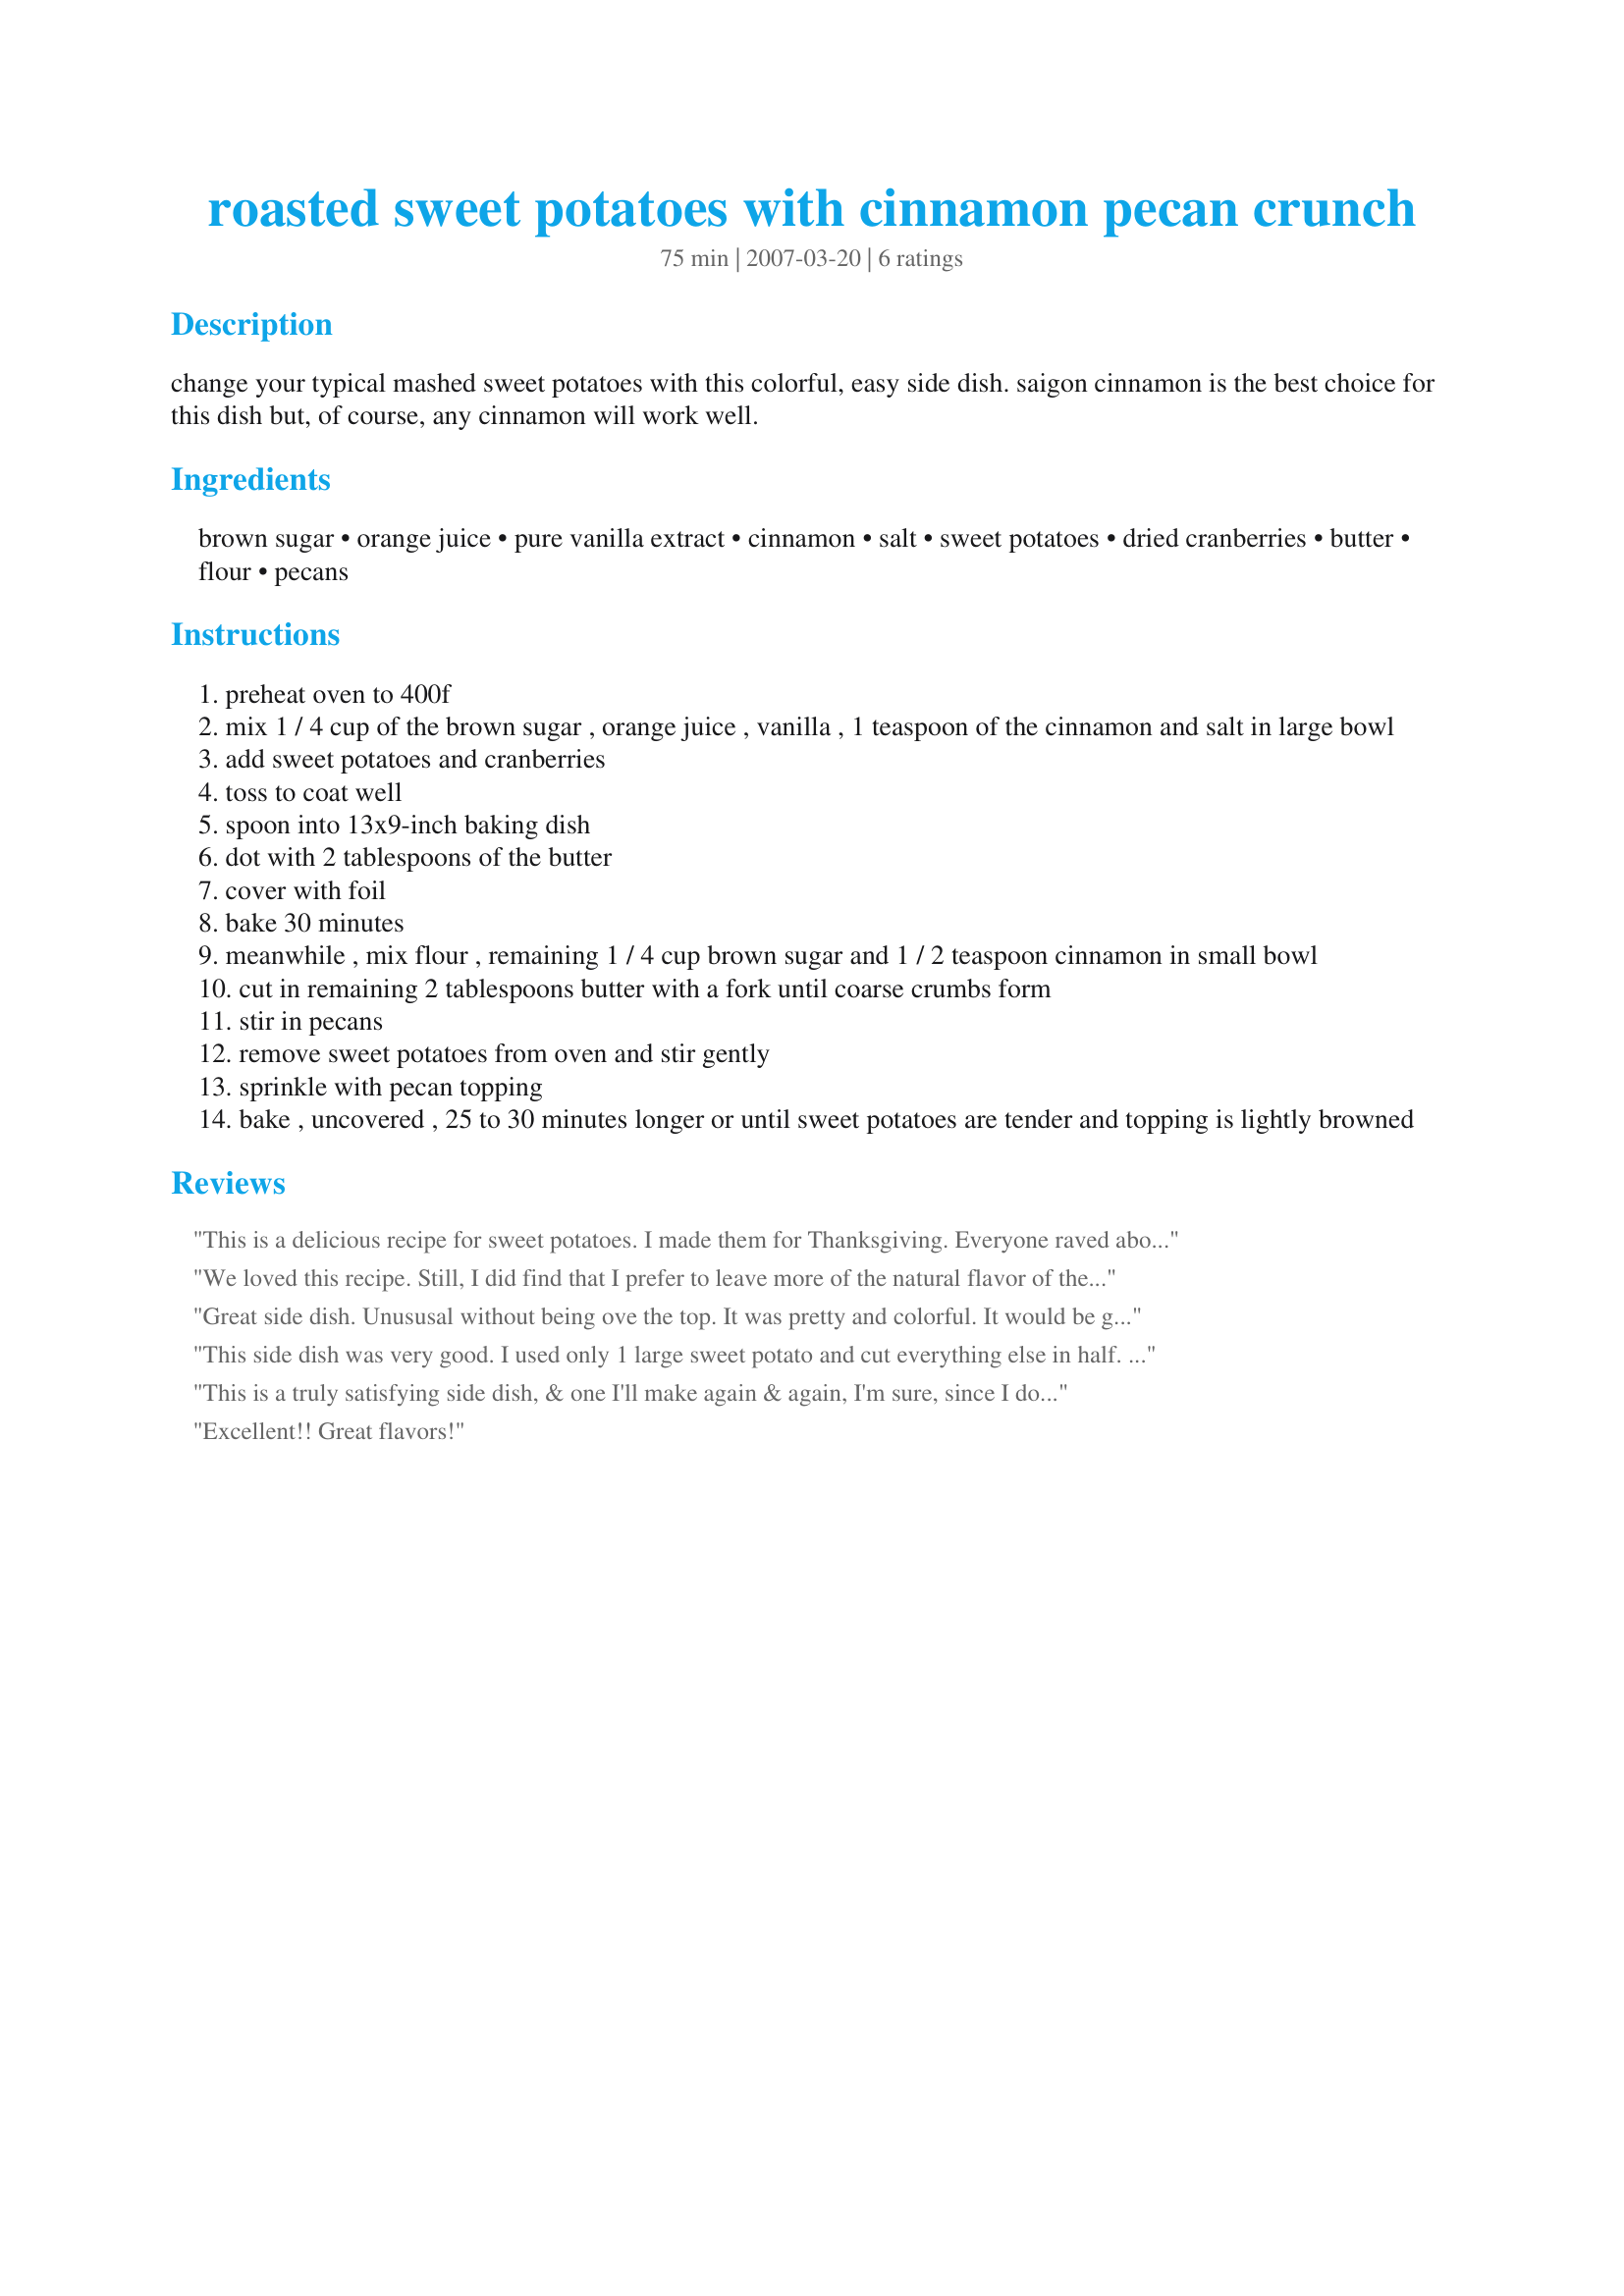
roasted sweet potatoes with cinnamon pecan crunch
Preparation time: 75 minutes

change your typical mashed sweet potatoes with this colorful, easy side dish. saigon cinnamon is the best choice for this dish but, of course, any cinnamon will work well.

Ingredients:
brown sugar, orange juice, pure vanilla extract, cinnamon, salt, sweet potatoes, dried cranberries, butter, flour, pecans

Steps:
preheat oven to 400f
mix 1 / 4 cup of the brown sugar , orange juice , vanilla , 1 teaspoon of the cinnamon and salt in large bowl
add sweet potatoes and cranberries
toss to coat well
spoon into 13x9-inch baking dish
dot with 2 tablespoons of the butter
cover with foil
bake 30 minutes
meanwhile , mix flour , remaining 1 / 4 cup brown sugar and 1 / 2 teaspoon cinnamon in small bowl
cut in remaining 2 tablespoons butter with a fork until coarse crumbs form
stir in pecans
remove sweet potatoes from oven and stir gently
sprinkle with pecan topping
bake , uncovered , 25 to 30 minutes longer or until sweet potatoes are tender and topping is lightly browned

Reviews:
This is a delicious recipe for sweet potatoes. I made them for Thanksgiving. Everyone raved about them, and I&#039;ll be making them again for Christmas! Thanks for a great recipe.
We loved this recipe.
Still, I did find that I prefer to leave more of the natural flavor 
of the potatoes ,and as I didn't have pecan nuts and I always 
keep in my fridge coarsely ground hazel nuts, I used it instead.
During my years of baking, I did find out that the "special"
final touch in any fruits topping, If I use hazelnuts it gives
the cake, pie or what ever the special taste which everybody
comments will say..." WOW"..
Try it and see the differences.
RinaP.
Great side dish. Unususal without being ove the top. It was pretty and colorful. It would be good as a side dish any time of the year. Thanks for a great recipe!
This side dish was very good. I used only 1 large sweet potato and cut everything else in half. Served it with Chicken Francaise Recipe #120425.
This is a truly satisfying side dish, & one I'll make again & again, I'm sure, since I do love those sweet potatoes! Almost forgot to say that, as I usually DON'T do, I didn't peel the potatoes, because I happen to like the skins (very nutritious, too)I have to agree with you about the Saigon cinnamon, too ~ Absolutely wonderful, & since purchasing a large bottle of it early in the year, I'm definitely hooked on it & wouldn't buy another kind ever again! I also took a tip from another reviewer & used hazel nuts & will admit that they do add a nice touch to the whole thing! Thanks for sharing this great recipe! [Tagged & made in Please Review My Recipe]
Excellent!! Great flavors!
